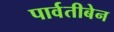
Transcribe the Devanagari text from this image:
पार्वतीबेन